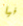
فيا